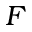
F